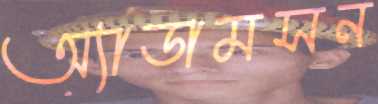
অ্যাডামসন